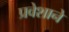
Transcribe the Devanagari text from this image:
प्रवेशाने